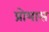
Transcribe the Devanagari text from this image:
प्रोयास